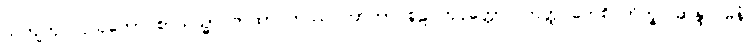
သကျကုလပ္ပသုတော စာယသ္မာ တထာဂတဿ ဘာတာ စူဠပိတုပုတ္တော။ တတ္ထ ကေစိ ဘိက္ခူ ဆန္ဒာဂမနံ